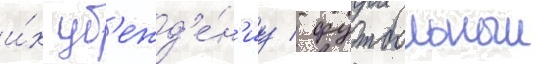
и́х уб'ежд'е́н'иу / футбольныи